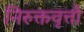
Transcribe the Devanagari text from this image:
निरुक्तवृत्तौ